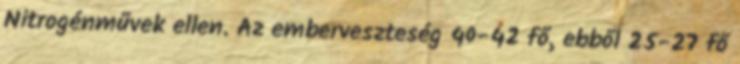
Nitrogénművek ellen. Az emberveszteség 40-42 fő, ebből 25-27 fő